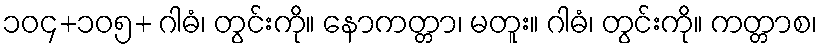
၁၀၄+၁၀၅+ ဂါဓံ၊ တွင်းကို။ နောကတ္တာ၊ မတူး။ ဂါဓံ၊ တွင်းကို။ ကတ္တာစ၊